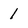
Character: 1